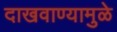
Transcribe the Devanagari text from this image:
दाखवाण्यामुळे